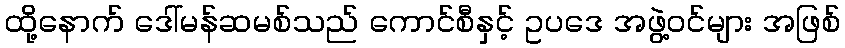
ထို့နောက် ဒေါ်မန်ဆမစ်သည် ကောင်စီနှင့် ဥပဒေ အဖွဲ့ဝင်များ အဖြစ်